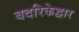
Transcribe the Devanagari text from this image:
बदरिकेद्वार